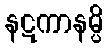
နဋကာနမ္ပိ